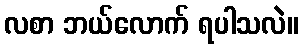
လစာ ဘယ်လောက် ရပါသလဲ။